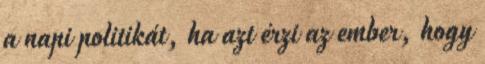
a napi politikát, ha azt érzi az ember, hogy